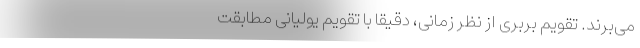
می‌برند. تقویم بربری از نظر زمانی، دقیقاً با تقویم یولیانی مطابقت